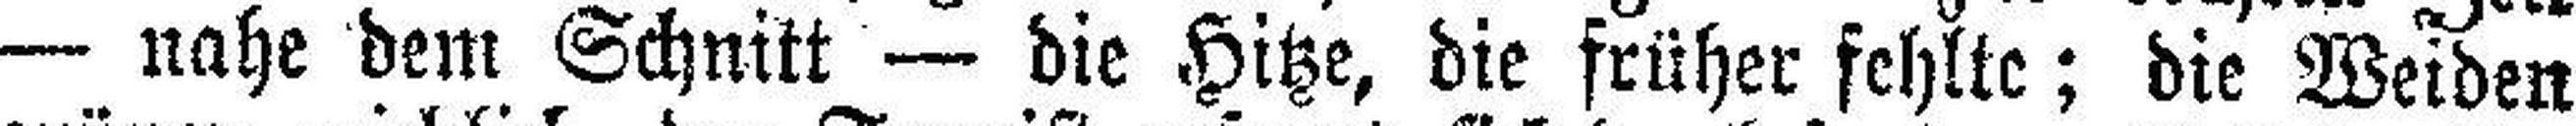
— nahe dem Schnitt — die Hitze, die früher fehlte; die Weiden